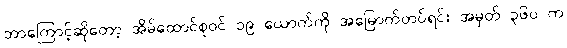
ဘာကြောင့်ဆိုတော့ အိမ်ထောင်စုဝင် ၁၉ ယောက်ကို အမြောက်တပ်ရင်း အမှတ် ၃၆၀ က